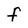
Character: F